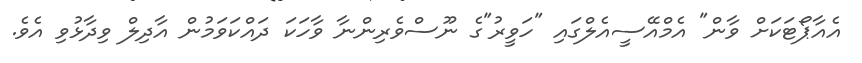
އެއާޕޯޓަކަށް ވާން" އެމްއޭސީއެލްގައި "ހަވީރު"ގެ ނޫސްވެރިންނާ ވާހަކަ ދައްކަވަމުން އާދިލް ވިދާޅުވި އެވެ.